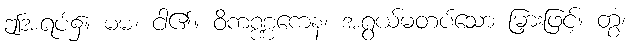
ဤအရပ်၌။ မမ၊ ငါ၏။ ဝိကဏ္ဏကေန၊ အရွယ်မတပ်သော မြှားဖြင့်။ တွံ၊